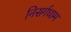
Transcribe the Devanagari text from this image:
निसर्गधाम